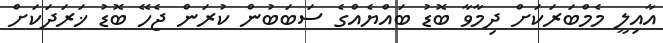
އާއިލީ މެމްބަރަކަށް ދިމާވާ ބޮޑު ބައްޔެއްގެ ސަބަބުން ކުރަން ޖެހޭ ބޮޑު ޚަރަދަކަށް